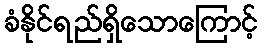
ခံနိုင်ရည်ရှိသောကြောင့်